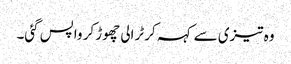
وہ تیزی سے کہہ کر ٹرالی چھوڑ کر واپس گئی۔